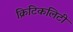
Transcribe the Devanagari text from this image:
क्रिटिकलिटी